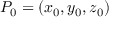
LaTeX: P _ { 0 } = ( x _ { 0 } , y _ { 0 } , z _ { 0 } )